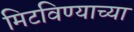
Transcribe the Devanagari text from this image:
मिटविण्याच्या